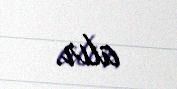
alır.